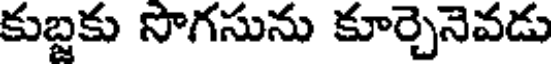
కుబ్జకు సొగసును కూర్చెనెవడు